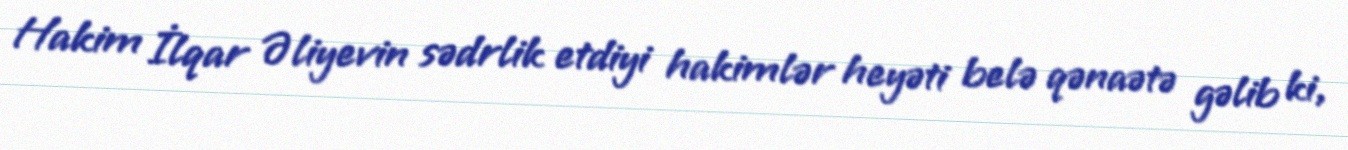
Hakim İlqar Əliyevin sədrlik etdiyi hakimlər heyəti belə qənaətə gəlib ki,